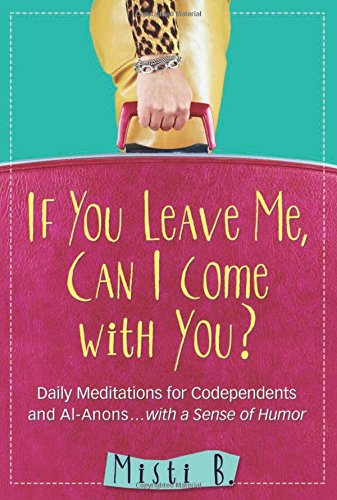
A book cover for If You Leave Me, Can I Come with You?: Daily Meditations for Codependents and Al-Anons . . . with a Sense of Humor; Misti B.; Humor & Entertainment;